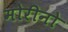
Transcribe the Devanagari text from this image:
मोरीनो